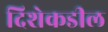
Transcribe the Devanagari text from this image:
दिशेकडील